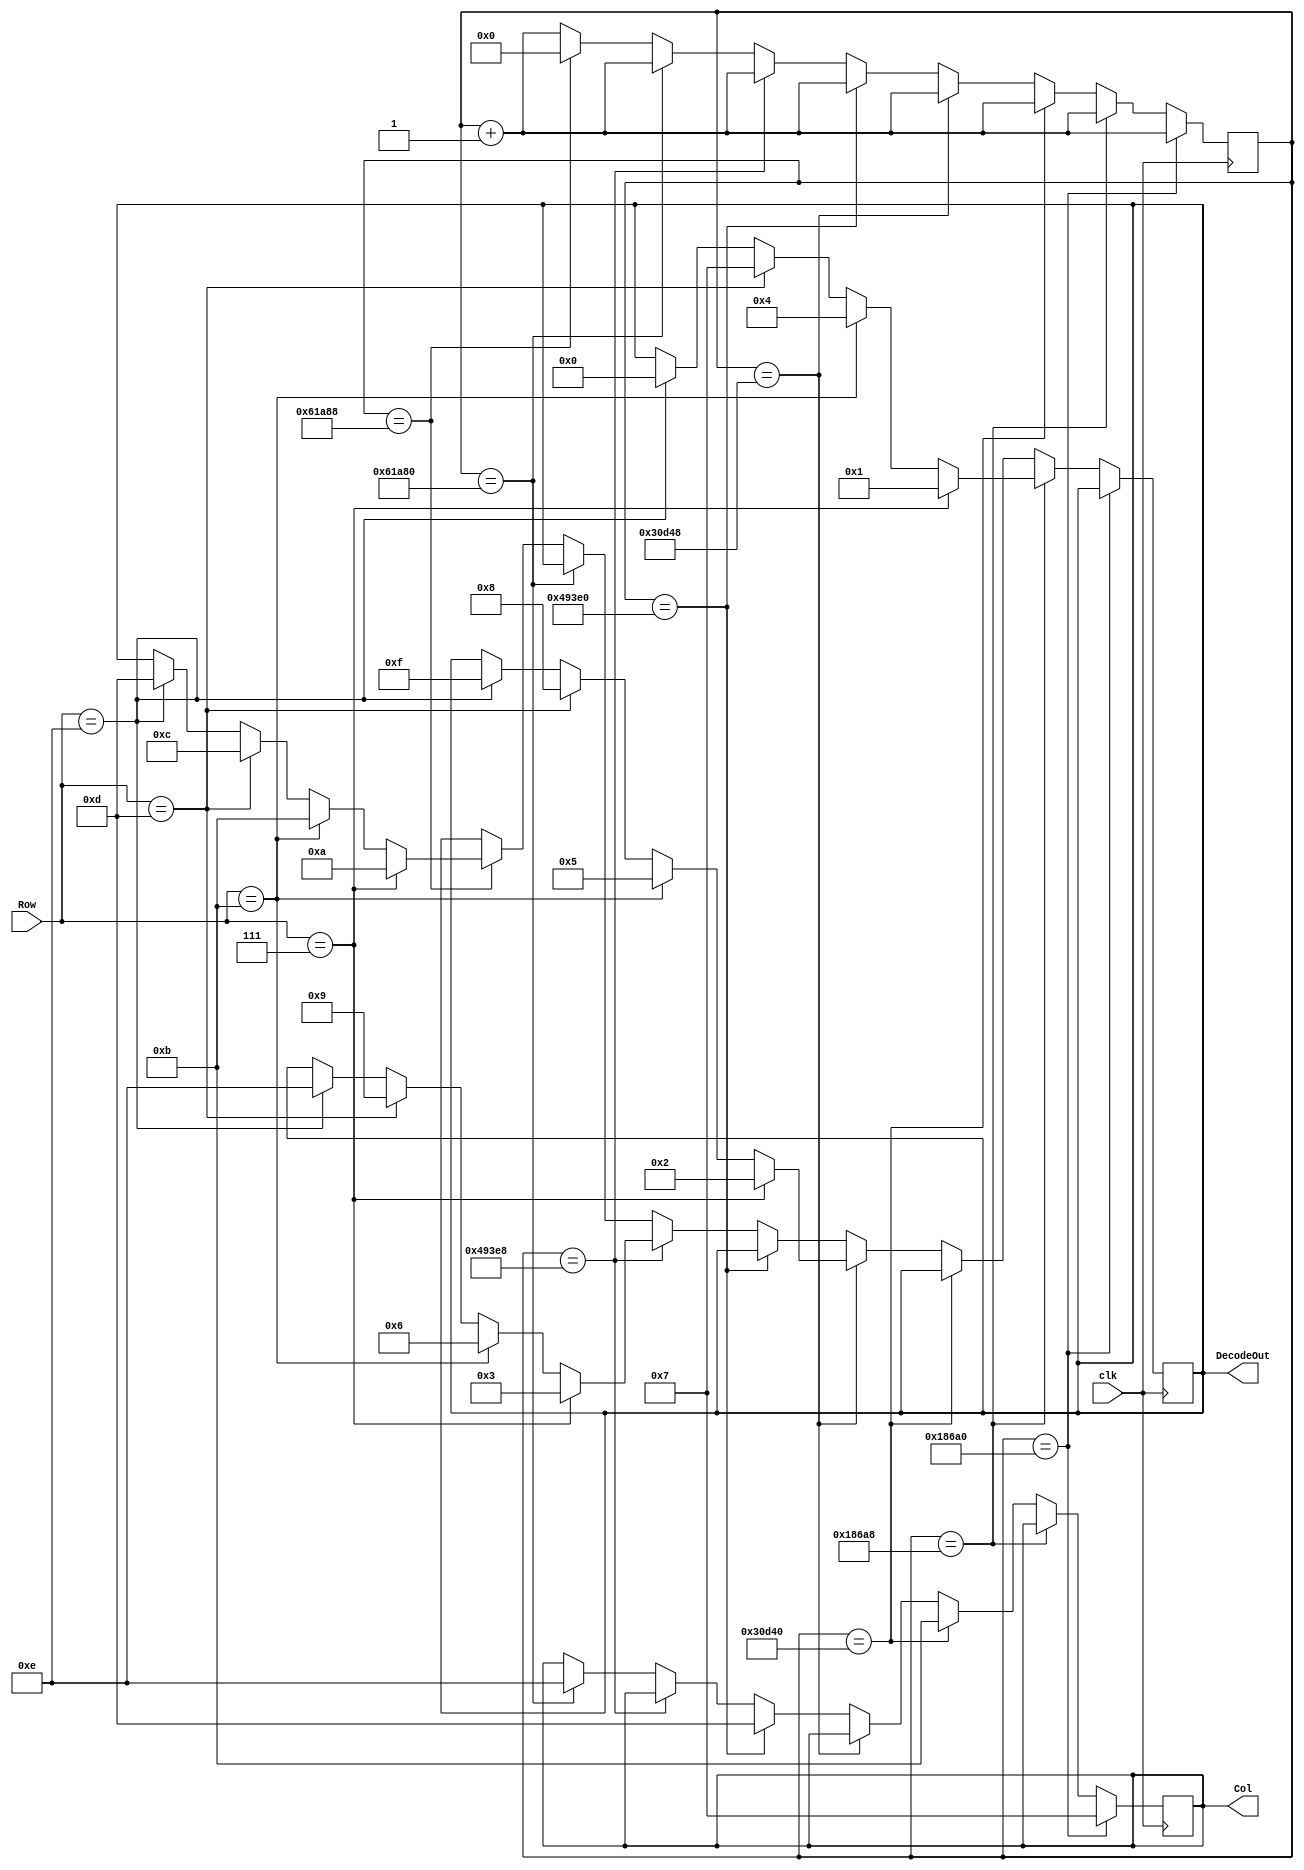
`timescale 1ns / 1ps
//////////////////////////////////////////////////////////////////////////////////
// Company: 
// Engineer: 
// 
// Design Name: 
// Module Name:    keypad_decoder 
// Project Name: 
// Target Devices: 
// Tool versions: 
// Description: 
//
// Dependencies: 
//
// Revision: 
// Revision 0.01 - File Created
// Additional Comments: 
//
//////////////////////////////////////////////////////////////////////////////////
`timescale 1ns / 1ps

module Decoder(
    clk,
    Row,
    Col,
    DecodeOut
    );

    input clk;						// 100MHz onboard clock
    input [3:0] Row;				// Rows on KYPD
    output [3:0] Col;			// Columns on KYPD
    output [3:0] DecodeOut;	// Output data

	reg [3:0] Col;
	reg [3:0] DecodeOut;
	reg [19:0] sclk;

	always @(posedge clk) begin
      
      		//column 1: rows 1-4
			// 1ms
			if (sclk == 20'b00011000011010100000) begin
				//C1
				Col <= 4'b0111;
				sclk <= sclk + 1'b1;
			end
			
			// check row pins
			else if(sclk == 20'b00011000011010101000) begin
				//R1
				if (Row == 4'b0111) begin
					DecodeOut <= 4'b0001;		//1
				end
				//R2
				else if(Row == 4'b1011) begin
					DecodeOut <= 4'b0100; 		//4
				end
				//R3
				else if(Row == 4'b1101) begin
					DecodeOut <= 4'b0111; 		//7
				end
				//R4
				else if(Row == 4'b1110) begin
					DecodeOut <= 4'b0000; 		//0
				end
				sclk <= sclk + 1'b1;
			end
      

      		//column 2: rows 1-4:
			// 2ms
			else if(sclk == 20'b00110000110101000000) begin
				//C2
				Col<= 4'b1011;
				sclk <= sclk + 1'b1;
			end
      
			// check row pins
			else if(sclk == 20'b00110000110101001000) begin
				//R1
				if (Row == 4'b0111) begin
					DecodeOut <= 4'b0010; 		//2
				end
				//R2
				else if(Row == 4'b1011) begin
					DecodeOut <= 4'b0101; 		//5
				end
				//R3
				else if(Row == 4'b1101) begin
					DecodeOut <= 4'b1000; 		//8
				end
				//R4
				else if(Row == 4'b1110) begin
					DecodeOut <= 4'b1111; 		//F
				end
				sclk <= sclk + 1'b1;
			end
      

			//column 3: rows 1-4
			//3ms
			else if(sclk == 20'b01001001001111100000) begin
				//C3
				Col<= 4'b1101;
				sclk <= sclk + 1'b1;
			end

			// check row pins
			else if(sclk == 20'b01001001001111101000) begin
				//R1
				if(Row == 4'b0111) begin
					DecodeOut <= 4'b0011; 		//3	
				end
				//R2
				else if(Row == 4'b1011) begin
					DecodeOut <= 4'b0110; 		//6
				end
				//R3
				else if(Row == 4'b1101) begin
					DecodeOut <= 4'b1001; 		//9
				end
				//R4
				else if(Row == 4'b1110) begin
					DecodeOut <= 4'b1110; 		//E
				end
				sclk <= sclk + 1'b1;
			end

      		//column 4: rows 1-4
			//4ms
			else if(sclk == 20'b01100001101010000000) begin
				//C4
				Col<= 4'b1110;
				sclk <= sclk + 1'b1;
			end

			// Check row pins
			else if(sclk == 20'b01100001101010001000) begin
				//R1
				if(Row == 4'b0111) begin
					DecodeOut <= 4'b1010; //A
				end
				//R2
				else if(Row == 4'b1011) begin
					DecodeOut <= 4'b1011; //B
				end
				//R3
				else if(Row == 4'b1101) begin
					DecodeOut <= 4'b1100; //C
				end
				//R4
				else if(Row == 4'b1110) begin
					DecodeOut <= 4'b1101; //D
				end
				sclk <= 20'b00000000000000000000;
			end

			// Otherwise increment
			else begin
				sclk <= sclk + 1'b1;
			end
	end
endmodule